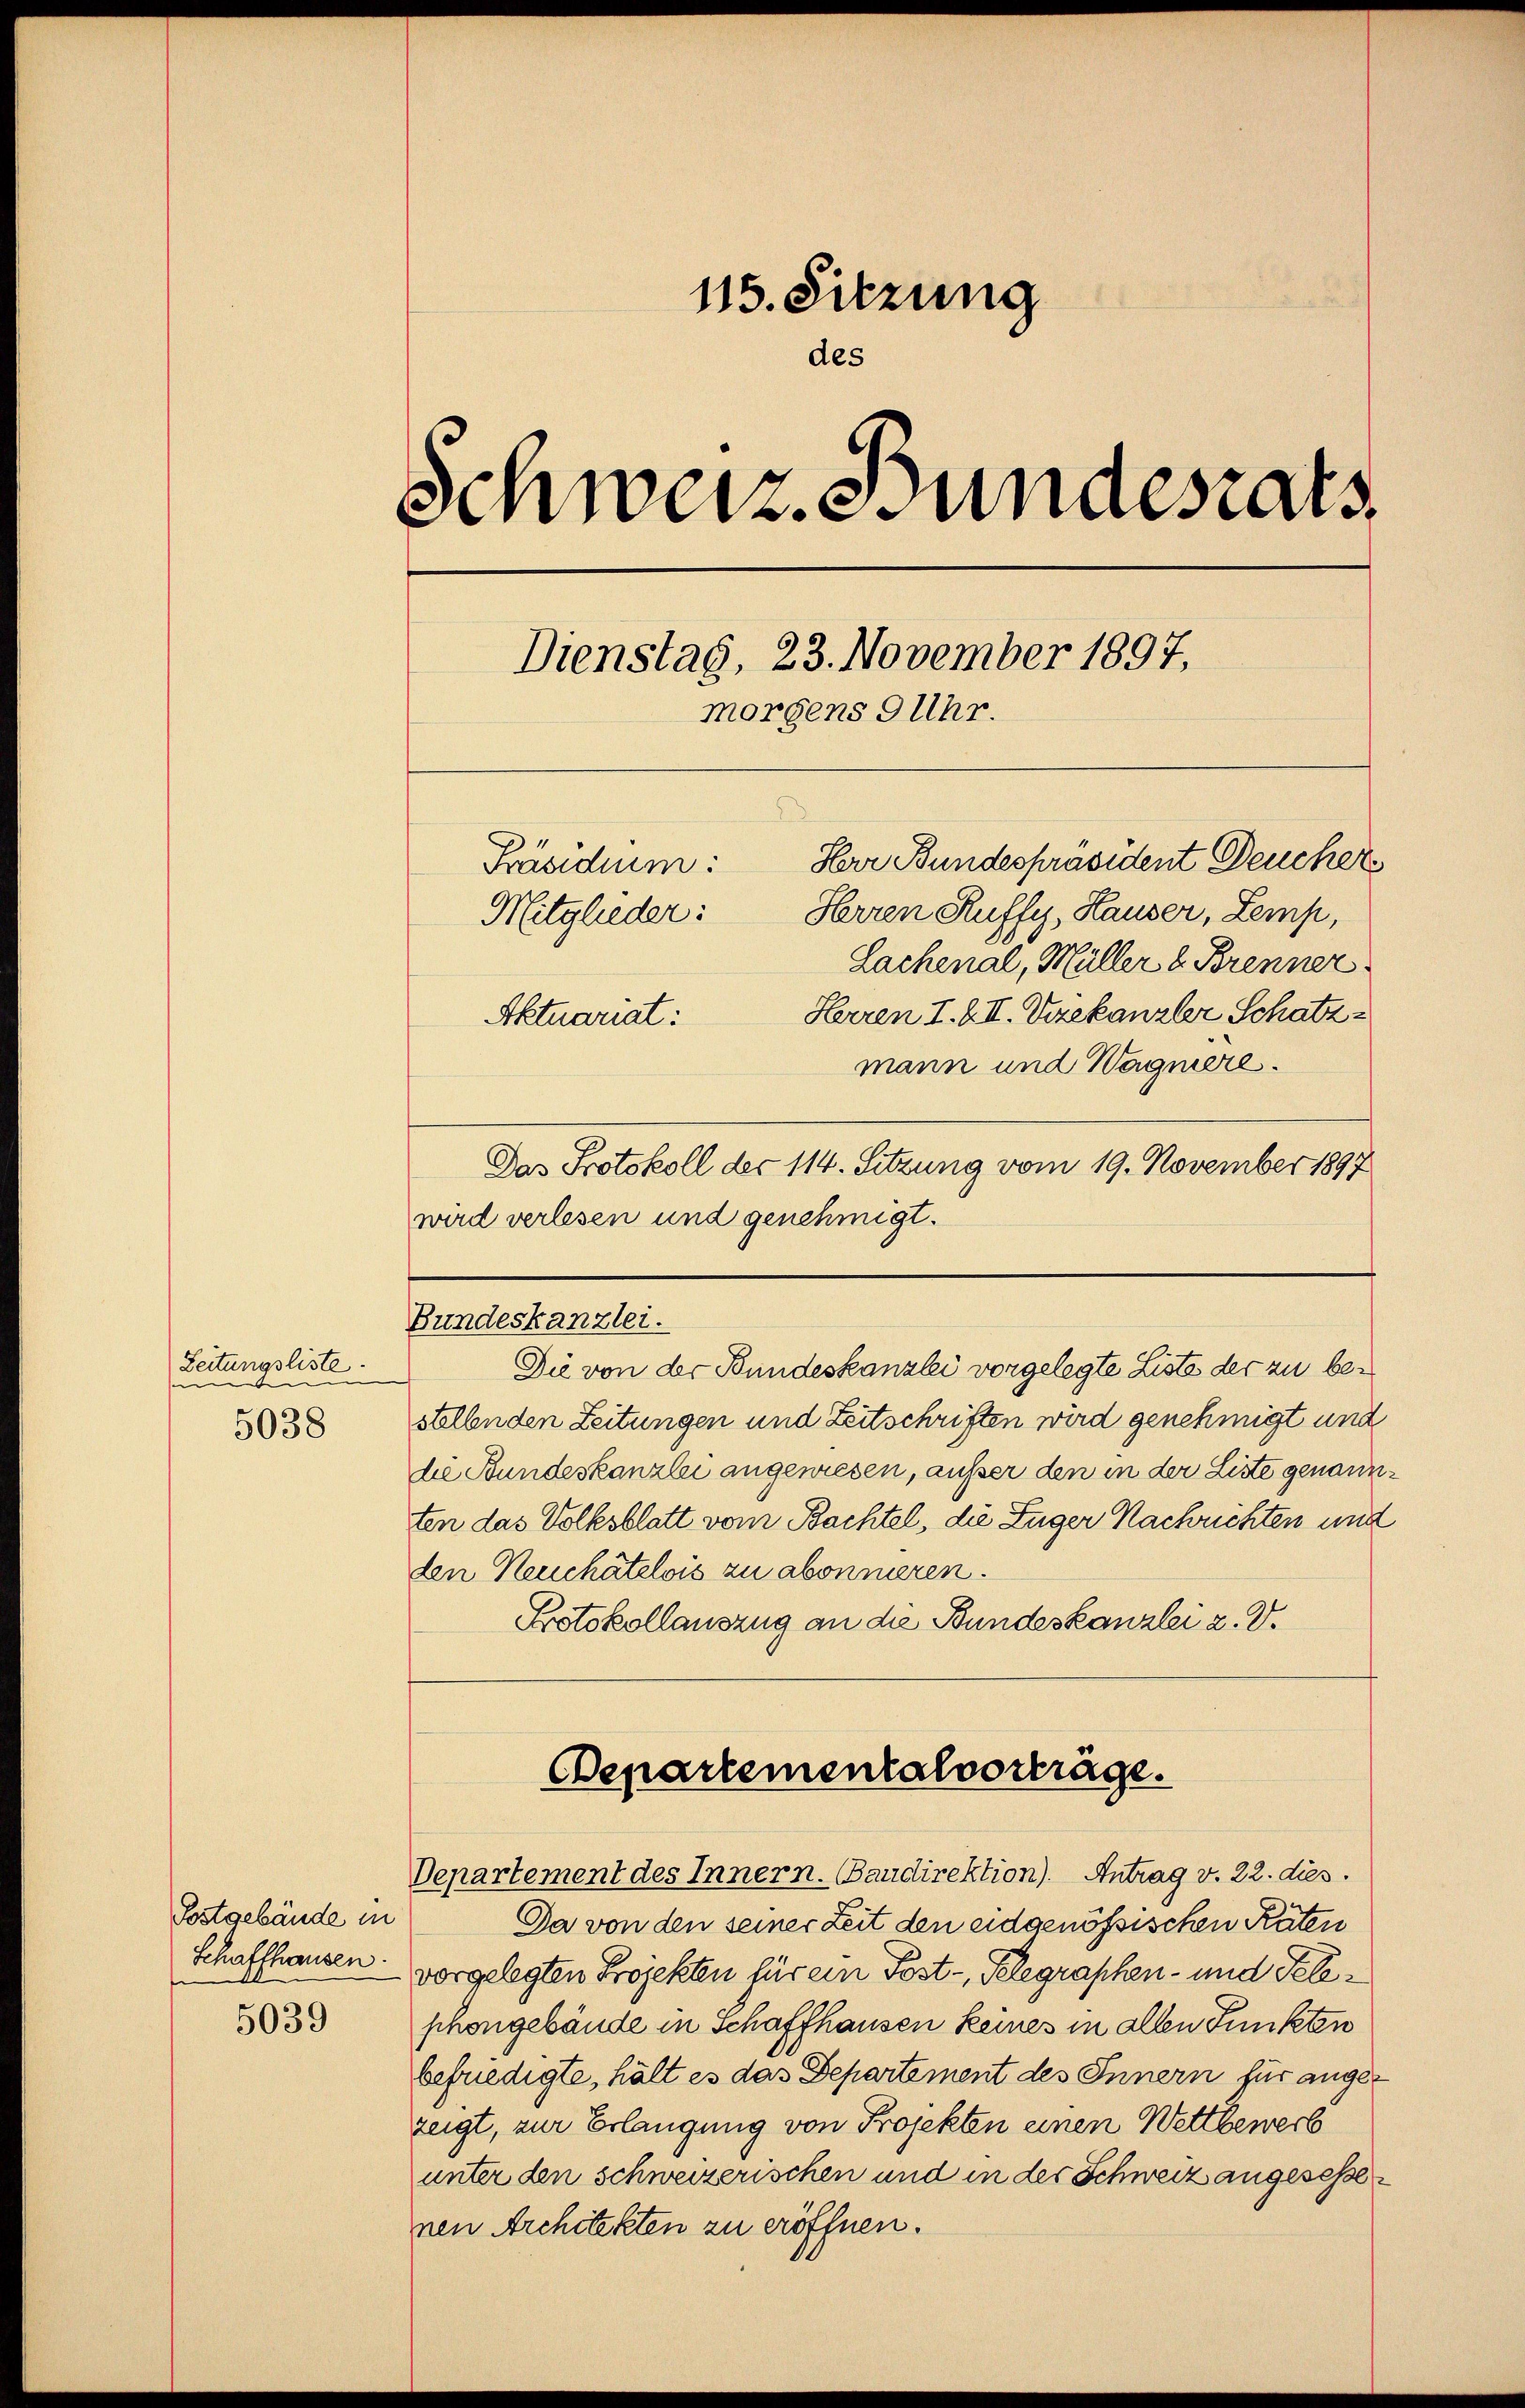
Zeitungsliste.
.
5038

Postgebäude in
Schaffhausen.

5039

115. Sitzung
des
Schweiz. Bundesrats
Dienstag, 23. November 1897,
morgens 9 Uhr.
Herr Bundespräsident Deucher
Präsidium:
Herren Ruffy, Hauser, Zemp,
Mitglieder:
Lachenal, Müller u. Brenner
Herren I. & II. Vizekanzler Schatz¬
Aktuariat:

mann und Wagnere.
Das Protokoll des 114. Sitzung vom 19. November 1897
wird verlesen und genehmigt.

Die von der Bundeskanzlei vorgelegte Liste der zu bestellenden Zeitungen und Zeitschriften wird genehmigt und
die Bundeskanzlei angewiesen, ausser den in der Liste genannten das Volksblatt vom Bachtel, die Zuger Nachrichten und
den Neuchâtelois zu abonnieren.
Protokollauszug an die Bundeskanzlei u. V.

Bundeskanzlei.

Departementalvorträge.
Departement des Innern. Bandirektion). Antrag v. 22. dies

Da von den seiner Zeit den eidgenössischen Raten
vorgelegten Projekten für ein Post-Telegraphen- und Telephongebäude in Schaffhausen keines in allen Punkten
befriedigte, hält es das Departement des Innern für angezeigt, zur Erlangung von Projekten einen Wettbewerb
unter den schweizerischen und in der Schweiz angeseßenen Architekten zu eröffnen.